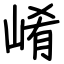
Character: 崤